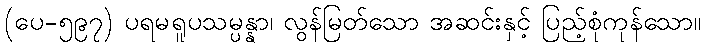
(ပေ-၅၉၇) ပရမရူပသမ္ပန္နာ၊ လွန်မြတ်သော အဆင်းနှင့် ပြည့်စုံကုန်သော။